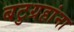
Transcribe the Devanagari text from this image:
बटुग्रहांना